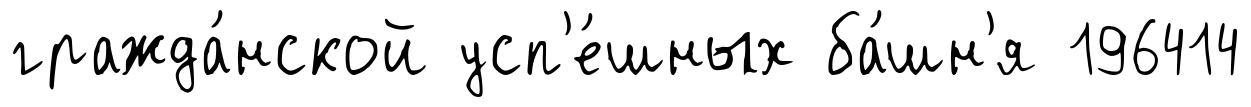
гражда́нской усп'е́шных ба́шн'я 196414